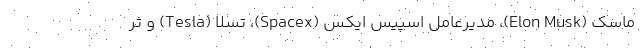
ماسک (Elon Musk)، مدیرعامل اسپیس ایکس (Spacex)، تسلا (Tesla) و ثر